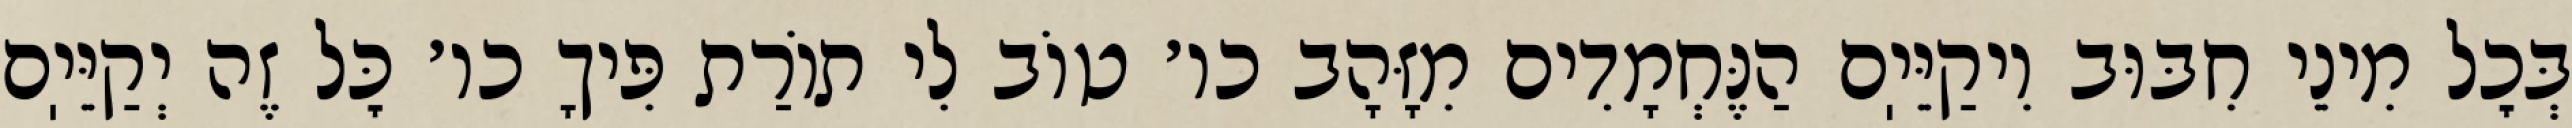
בְּכׇל מִינֵי חִבּוּב וִיקַיֵּיֽם הַנֶּחְמָדִים מִזָּהָב כו׳ טוֹב לִי תוֹרַת פִּיךָ כו׳ כׇּל זֶה יְקַיֵּיֽם